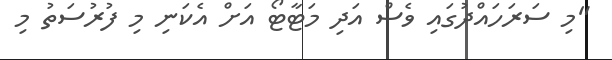
"މި ސަރަހައްދުގައި ވެސް އަދި މަޓާޓޯ އަށް އެކަނި މި ފުރުސަތު މި